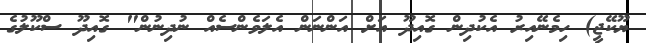
ޔޫކޭޖީ) ހިމެނޭއިރު އެކުދިން ގޮއިދޫ އަށް އަންނަން އެލަވެންސެއް ނުދިނުން" ގޮއިދޫ ސްކޫލުގެ